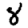
Digit: 8